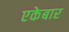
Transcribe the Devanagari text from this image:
एकेबार